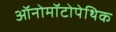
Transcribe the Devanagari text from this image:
ऑनोमॉटोपेथिक